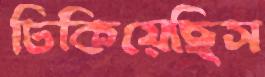
ঢিকিয়েছিস